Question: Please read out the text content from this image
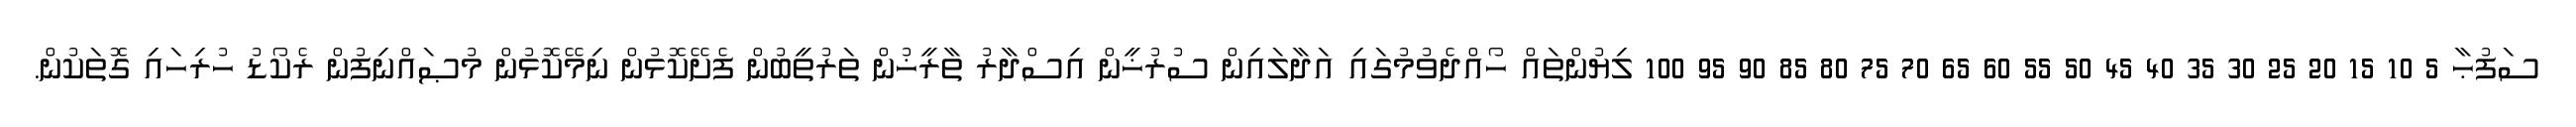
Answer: ސަފުޙާ 5 10 15 20 25 30 35 40 45 50 55 60 65 70 75 80 85 90 95 100 ލިޔުންތައް ހޯއްދެވުމުގައި އަދާލައިން ސުރުޚީން އިސްދާރު ތާރީޚުން ތަރުތީބުން ފެށޭކޮޅުން ނިމޭކޮޅުން މުޞައްނިފުން ރެކޯޑު ހުރިހައި ގޮތަކުން.